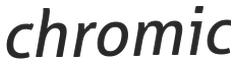
chromic